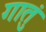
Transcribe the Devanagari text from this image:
गातुं